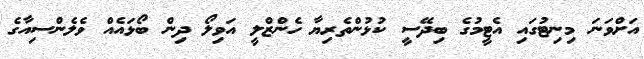
އަށްވަނަ މިނިޓުގައި އެޓީމުގެ ބިދޭސީ ކުޅުންތެރިޔާ ހެންޒްލީ އަވިލޯ ދިން ބޯޅައެއް ވެލެންސިއާގެ